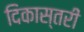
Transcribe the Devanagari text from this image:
दिकास्तरी